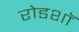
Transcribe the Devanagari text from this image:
रोडशाॅ